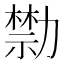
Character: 𠢱